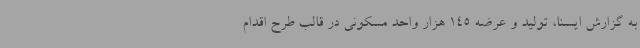
به گزارش ایسنا، تولید و عرضه 145 هزار واحد مسکونی در قالب طرح اقدام